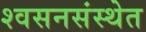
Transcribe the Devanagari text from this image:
श्वसनसंस्थेत